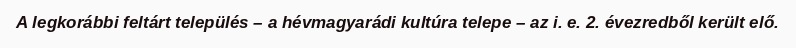
A legkorábbi feltárt település – a hévmagyarádi kultúra telepe – az i. e. 2. évezredből került elő.